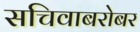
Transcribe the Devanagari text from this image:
सचिवाबरोबर